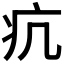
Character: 𤴪